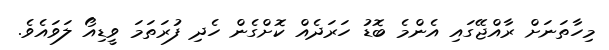
މިހާތަނަށް ރާއްޖޭގައި އެންމެ ބޮޑު ހަރަދެއް ކޮށްގެން ހެދި ފުރަތަމަ ވީޑިއޯ ލަވައެވެ.